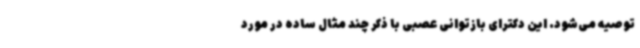
توصیه می‌شود. این دکترای بازتوانی عصبی با ذکر چند مثال ساده در مورد